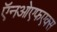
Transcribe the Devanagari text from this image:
ऍनओएफएक्स